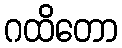
ဂထိတော